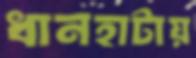
ধানহাটায়